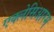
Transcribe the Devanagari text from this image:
एक्लेसिआरम